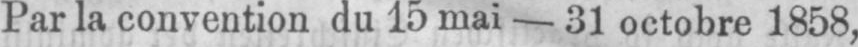
Par la convention du 15 mai - 31 octobre 1858,